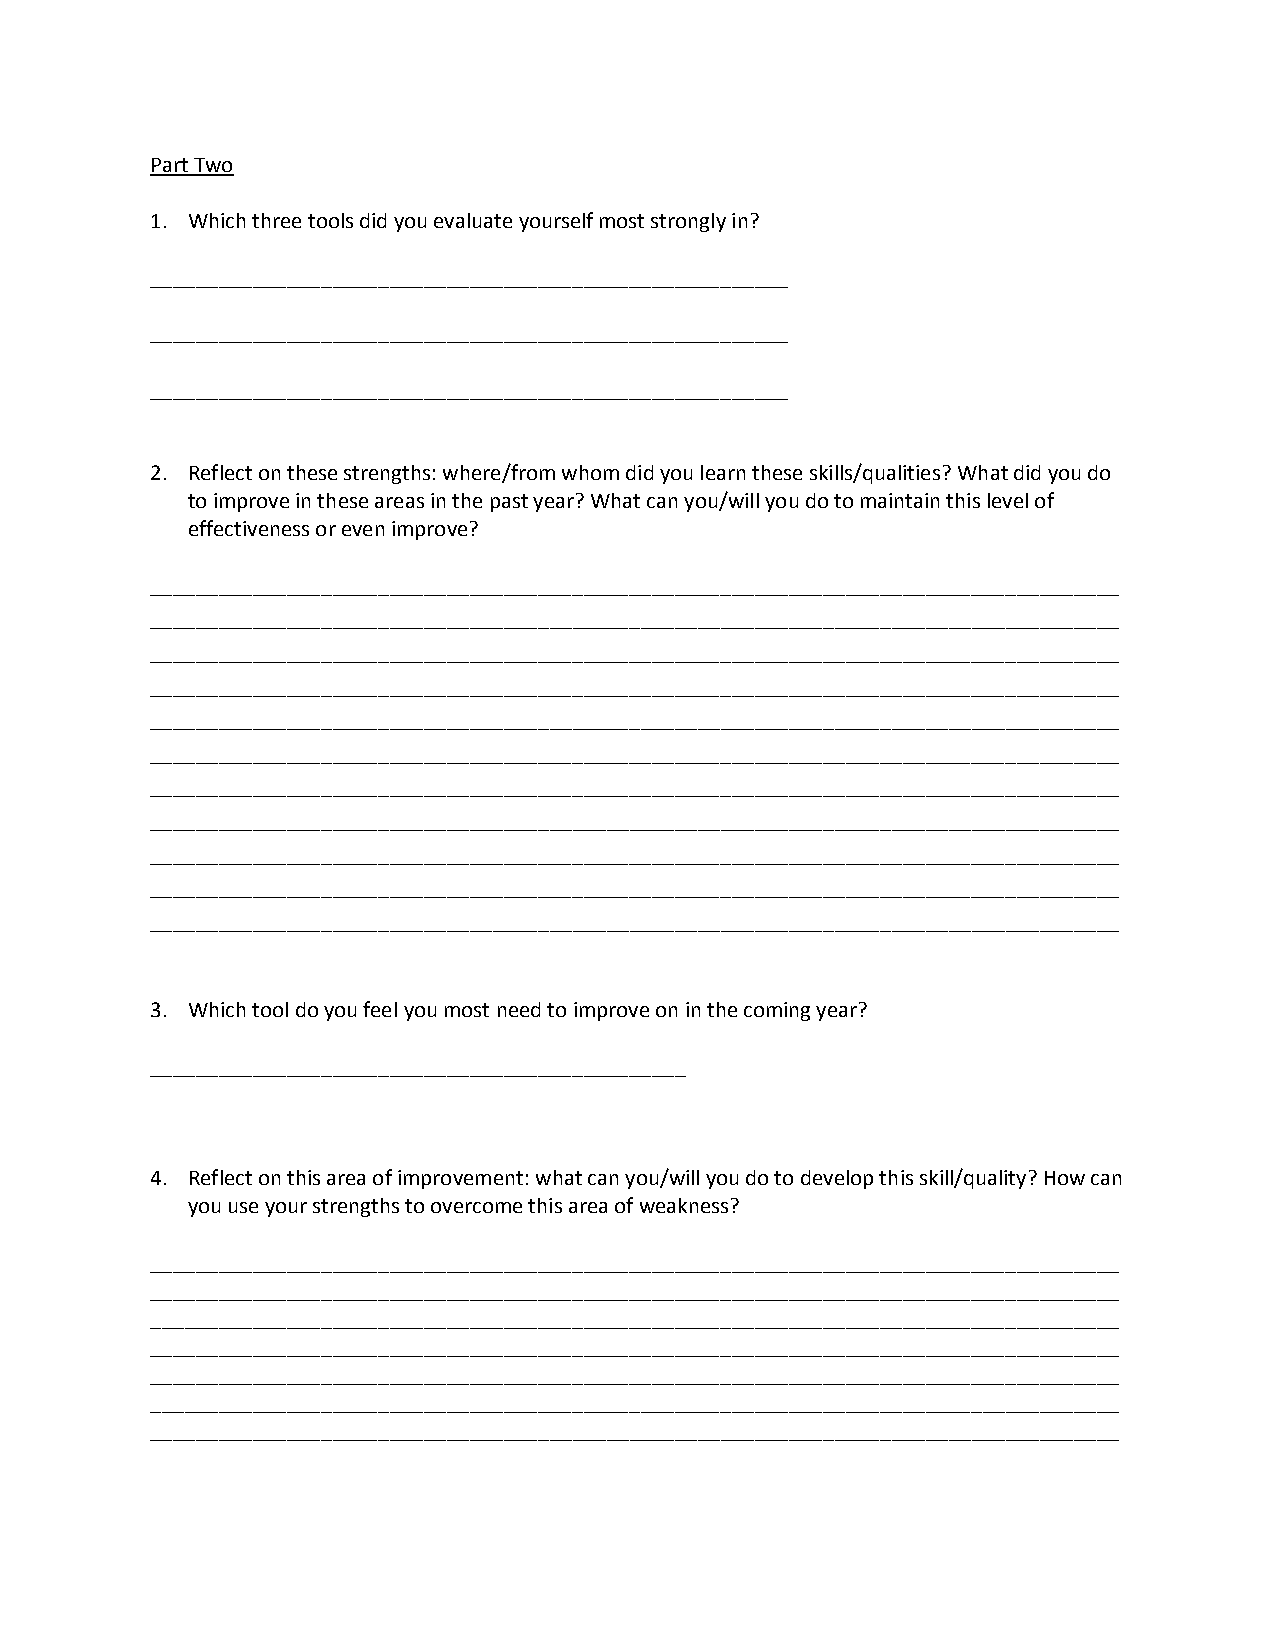
Part Two
 1. Which three tools did you evaluate yourself most strongly in?
 ________________________________________________________
 ________________________________________________________
 ________________________________________________________
 2. Reflect on these strengths: where/from whom did you learn these skills/qualities? What did you do
 to improve in these areas in the past year? What can you/will you do to maintain this level of
 effectiveness or even improve?
 _____________________________________________________________________________________
 _____________________________________________________________________________________
 _____________________________________________________________________________________
 _____________________________________________________________________________________
 _____________________________________________________________________________________
 _____________________________________________________________________________________
 _____________________________________________________________________________________
 _____________________________________________________________________________________
 _____________________________________________________________________________________
 _____________________________________________________________________________________
 _____________________________________________________________________________________
 3. Which tool do you feel you most need to improve on in the coming year?
 _______________________________________________
 4. Reflect on this area of improvement: what can you/will you do to develop this skill/quality? How can
 you use your strengths to overcome this area of weakness?
 _____________________________________________________________________________________
 _____________________________________________________________________________________
 _____________________________________________________________________________________
 _____________________________________________________________________________________
 _____________________________________________________________________________________
 _____________________________________________________________________________________
 _____________________________________________________________________________________